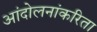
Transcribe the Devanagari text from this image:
आंदोलनांकरिता